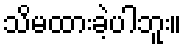
သိမထားခဲ့ပါဘူး။